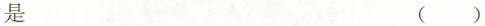
是 （ ）